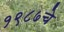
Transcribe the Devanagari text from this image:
१९८७चे